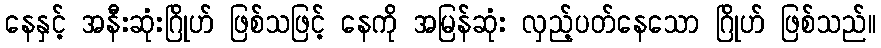
နေနှင့် အနီးဆုံးဂြိုဟ် ဖြစ်သဖြင့် နေကို အမြန်ဆုံး လှည့်ပတ်နေသော ဂြိုဟ် ဖြစ်သည်။